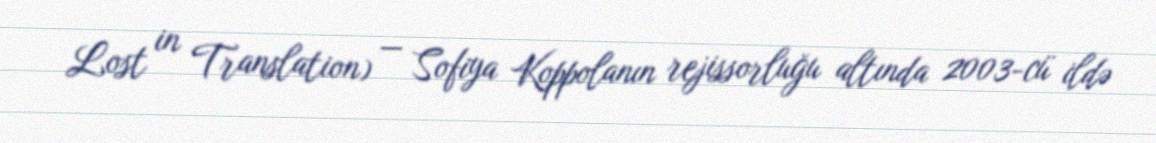
Lost in Translation) — Sofiya Koppolanın rejissorluğu altında 2003-cü ildə